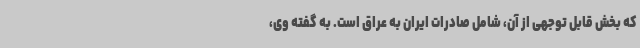
که بخش قابل توجهی از آن، شامل صادرات ایران به عراق است. به گفته وی،